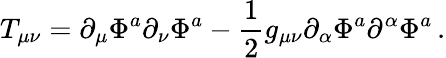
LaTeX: T_{\mu\nu}=\partial_{\mu}\Phi^{a}\partial_{\nu}\Phi^{a}-{\frac{1}{2}}g_{\mu\nu}\partial_{\alpha}\Phi^{a}\partial^{\alpha}\Phi^{a}\, .